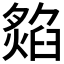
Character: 𤎡